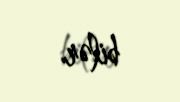
bilər.